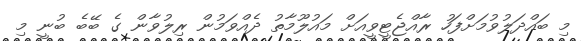
މި ބައްދަލުވުމަށްފަހު ރާއްޖެޓީވީއަށް މައުލޫމާތު ދެއްވަމުން ރިލުވާން ގެ ބޭބެ ބުނީ މި